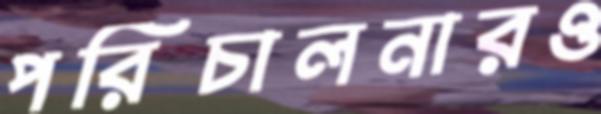
পরিচালনারও